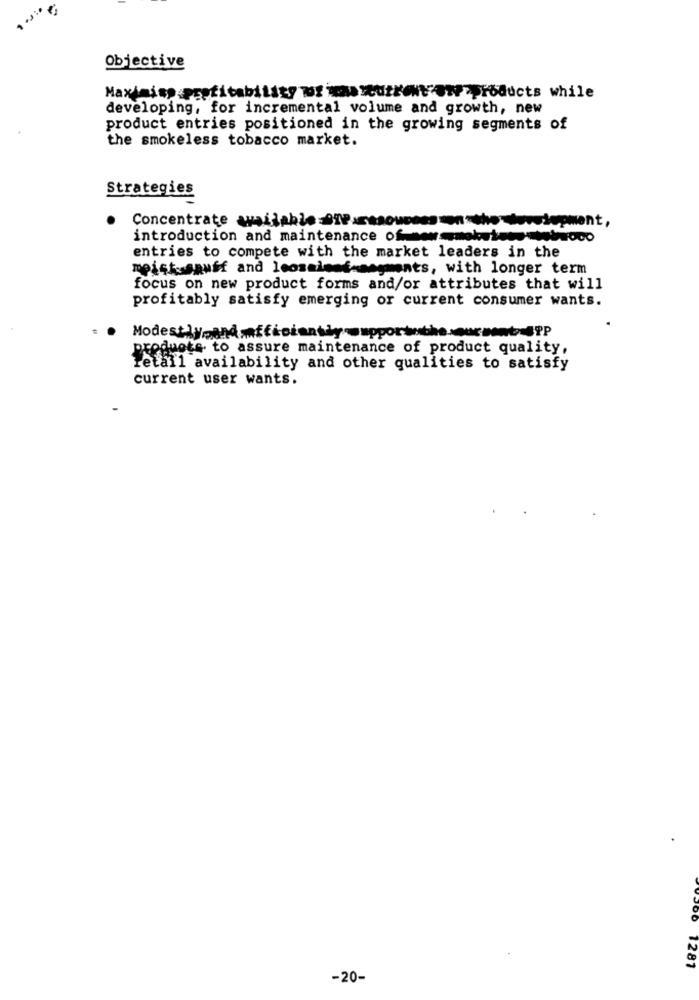
.....
Objective
Maximisp profitability of how weutrt @products while
developing, for incremental volume and growth, new
product entries positioned in the growing segments of
the smokeless tobacco market.
Strategies
Concentrate wvailable DIPassoucess on the development,
introduction and maintenance ofnewsmoketens-tebroco
entries to compete with the market leaders in the
meistsspuff and leosaleof-segments, with longer term
focus on new product forms and/or attributes that will
profitably satisfy emerging or current consumer wants.
products to assure maintenance of product quality,
retail availability and other qualities to satisfy
current user wants.
1281
-20-